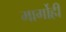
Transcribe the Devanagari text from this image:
मार्गोही